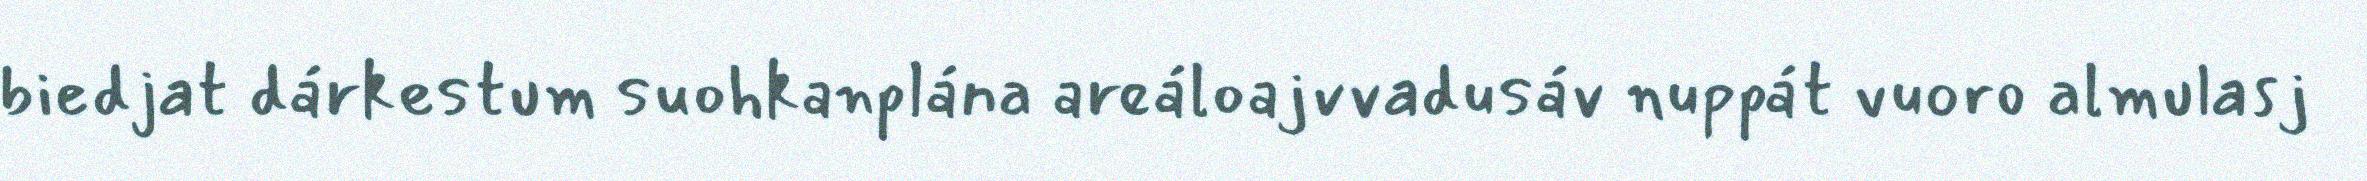
biedjat dárkestum suohkanplána areáloajvvadusáv nuppát vuoro almulasj